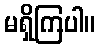
မရှိကြပါ။